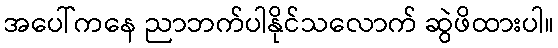
အပေါ်ကနေ ညာဘက်ပါနိုင်သလောက် ဆွဲဖိထားပါ။